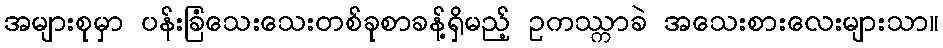
အများစုမှာ ပန်းခြံသေးသေးတစ်ခုစာခန့်ရှိမည့် ဥကဿ္ကာခဲ အသေးစားလေးများသာ။